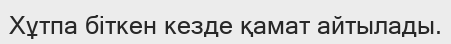
Хұтпа біткен кезде қамат айтылады.